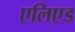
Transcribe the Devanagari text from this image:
एलिएड